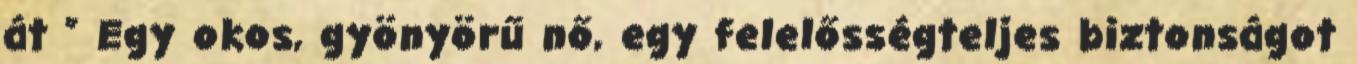
át ” Egy okos, gyönyörű nő, egy felelősségteljes biztonságot